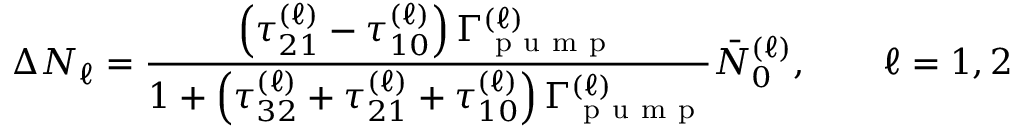
\Delta N _ { \ell } = \frac { \left( \tau _ { 2 1 } ^ { ( \ell ) } - \tau _ { 1 0 } ^ { ( \ell ) } \right) \Gamma _ { \mathrm { ~ p ~ u ~ m ~ p ~ } } ^ { ( \ell ) } } { 1 + \left( \tau _ { 3 2 } ^ { ( \ell ) } + \tau _ { 2 1 } ^ { ( \ell ) } + \tau _ { 1 0 } ^ { ( \ell ) } \right) \Gamma _ { \mathrm { ~ p ~ u ~ m ~ p ~ } } ^ { ( \ell ) } } \bar { N } _ { 0 } ^ { ( \ell ) } , \qquad \ell = 1 , 2